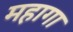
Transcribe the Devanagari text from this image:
महागा